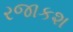
રજાકશ